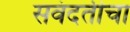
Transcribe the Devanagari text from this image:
सवंदतीचा